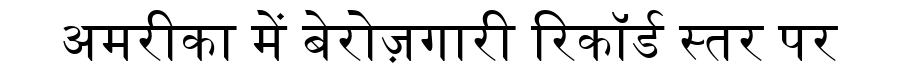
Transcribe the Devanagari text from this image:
अमरीका में बेरोज़गारी रिकॉर्ड स्तर पर